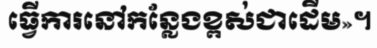
ធ្វើការនៅកន្លែងខ្ពស់ជាដើម»។